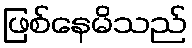
ဖြစ်နေမိသည်